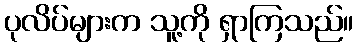
ပုလိပ်များက သူ့ကို ရှာကြသည်။